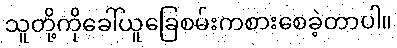
သူတို့ကိုခေါ်ယူခြေစမ်းကစားစေခဲ့တာပါ။